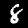
Label: 8